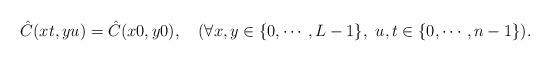
LaTeX: \begin{align*}&\hat{C}(xt,yu)=\hat{C}(x0,y0),\quad(\forall x,y\in\{0,\cdots,L-1\},\ u,t\in \{0,\cdots,n-1\}).\end{align*}